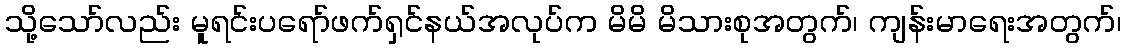
သို့သော်လည်း မူရင်းပရော်ဖက်ရှင်နယ်အလုပ်က မိမိ မိသားစုအတွက်၊ ကျန်းမာရေးအတွက်၊